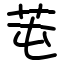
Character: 芚